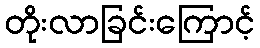
တိုးလာခြင်းကြောင့်